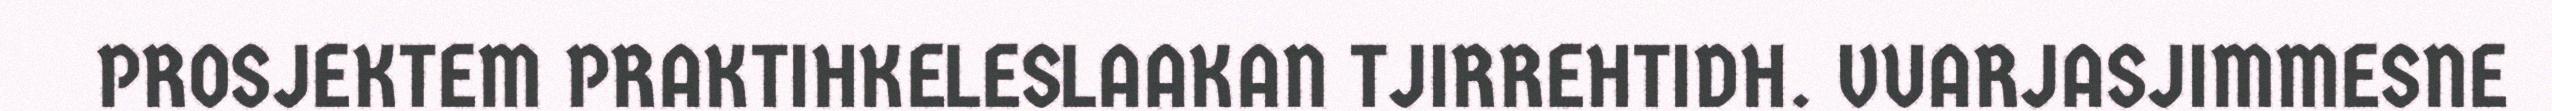
PROSJEKTEM PRAKTIHKELESLAAKAN TJIRREHTIDH. VUARJASJIMMESNE